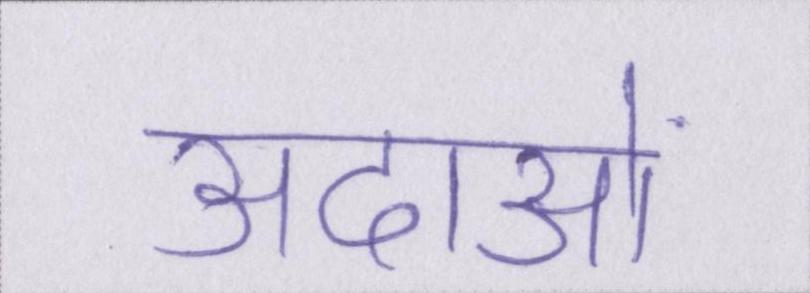
अदाओं